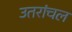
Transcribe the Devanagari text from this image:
उतरांचल